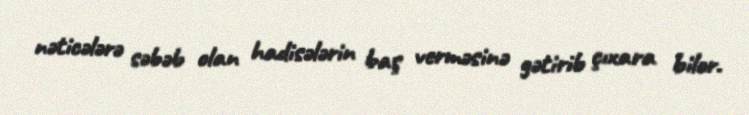
nəticələrə səbəb olan hadisələrin baş verməsinə gətirib çıxara bilər.